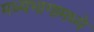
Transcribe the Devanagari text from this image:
मध्यभागामध्ये